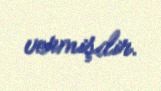
vermişdir.